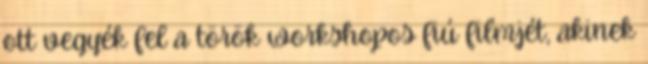
ott vegyék fel a török workshopos fiú filmjét, akinek